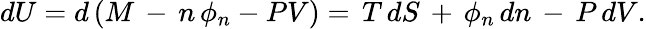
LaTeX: dU=d\left(M\, -\, n\, \phi_{n}-PV\right)=\, T\, dS\, +\, \phi_{n}\, dn\, -\, P\, dV.